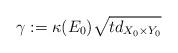
LaTeX: \begin{align*}\gamma:=\kappa(E_0)\sqrt{td_{X_0\times Y_0}}\end{align*}